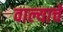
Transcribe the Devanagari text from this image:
वाल्याचे